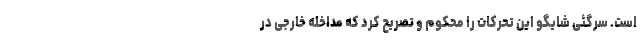
است. سرگئی شایگو این تحرکات را محکوم و تصریح کرد که مداخله خارجی در